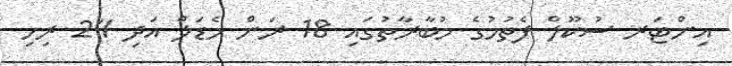
އިންޓަރ ސުކޫލް ފެތުމުގެ މުބާރާތުގައި 18 ރަން މެޑަލް އަދި 24 ރިހި